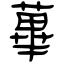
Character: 蓽